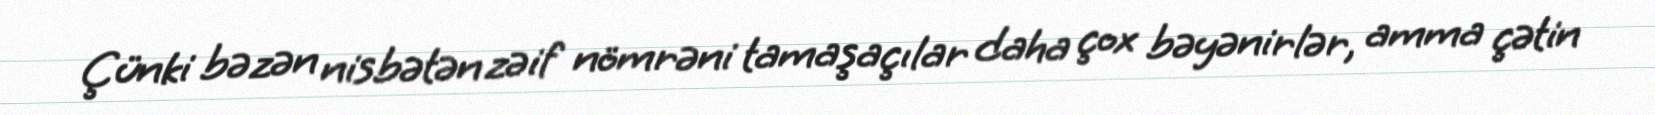
Çünki bəzən nisbətən zəif nömrəni tamaşaçılar daha çox bəyənirlər, amma çətin